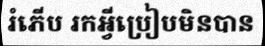
រំភើប រកអ្វីប្រៀបមិនបាន